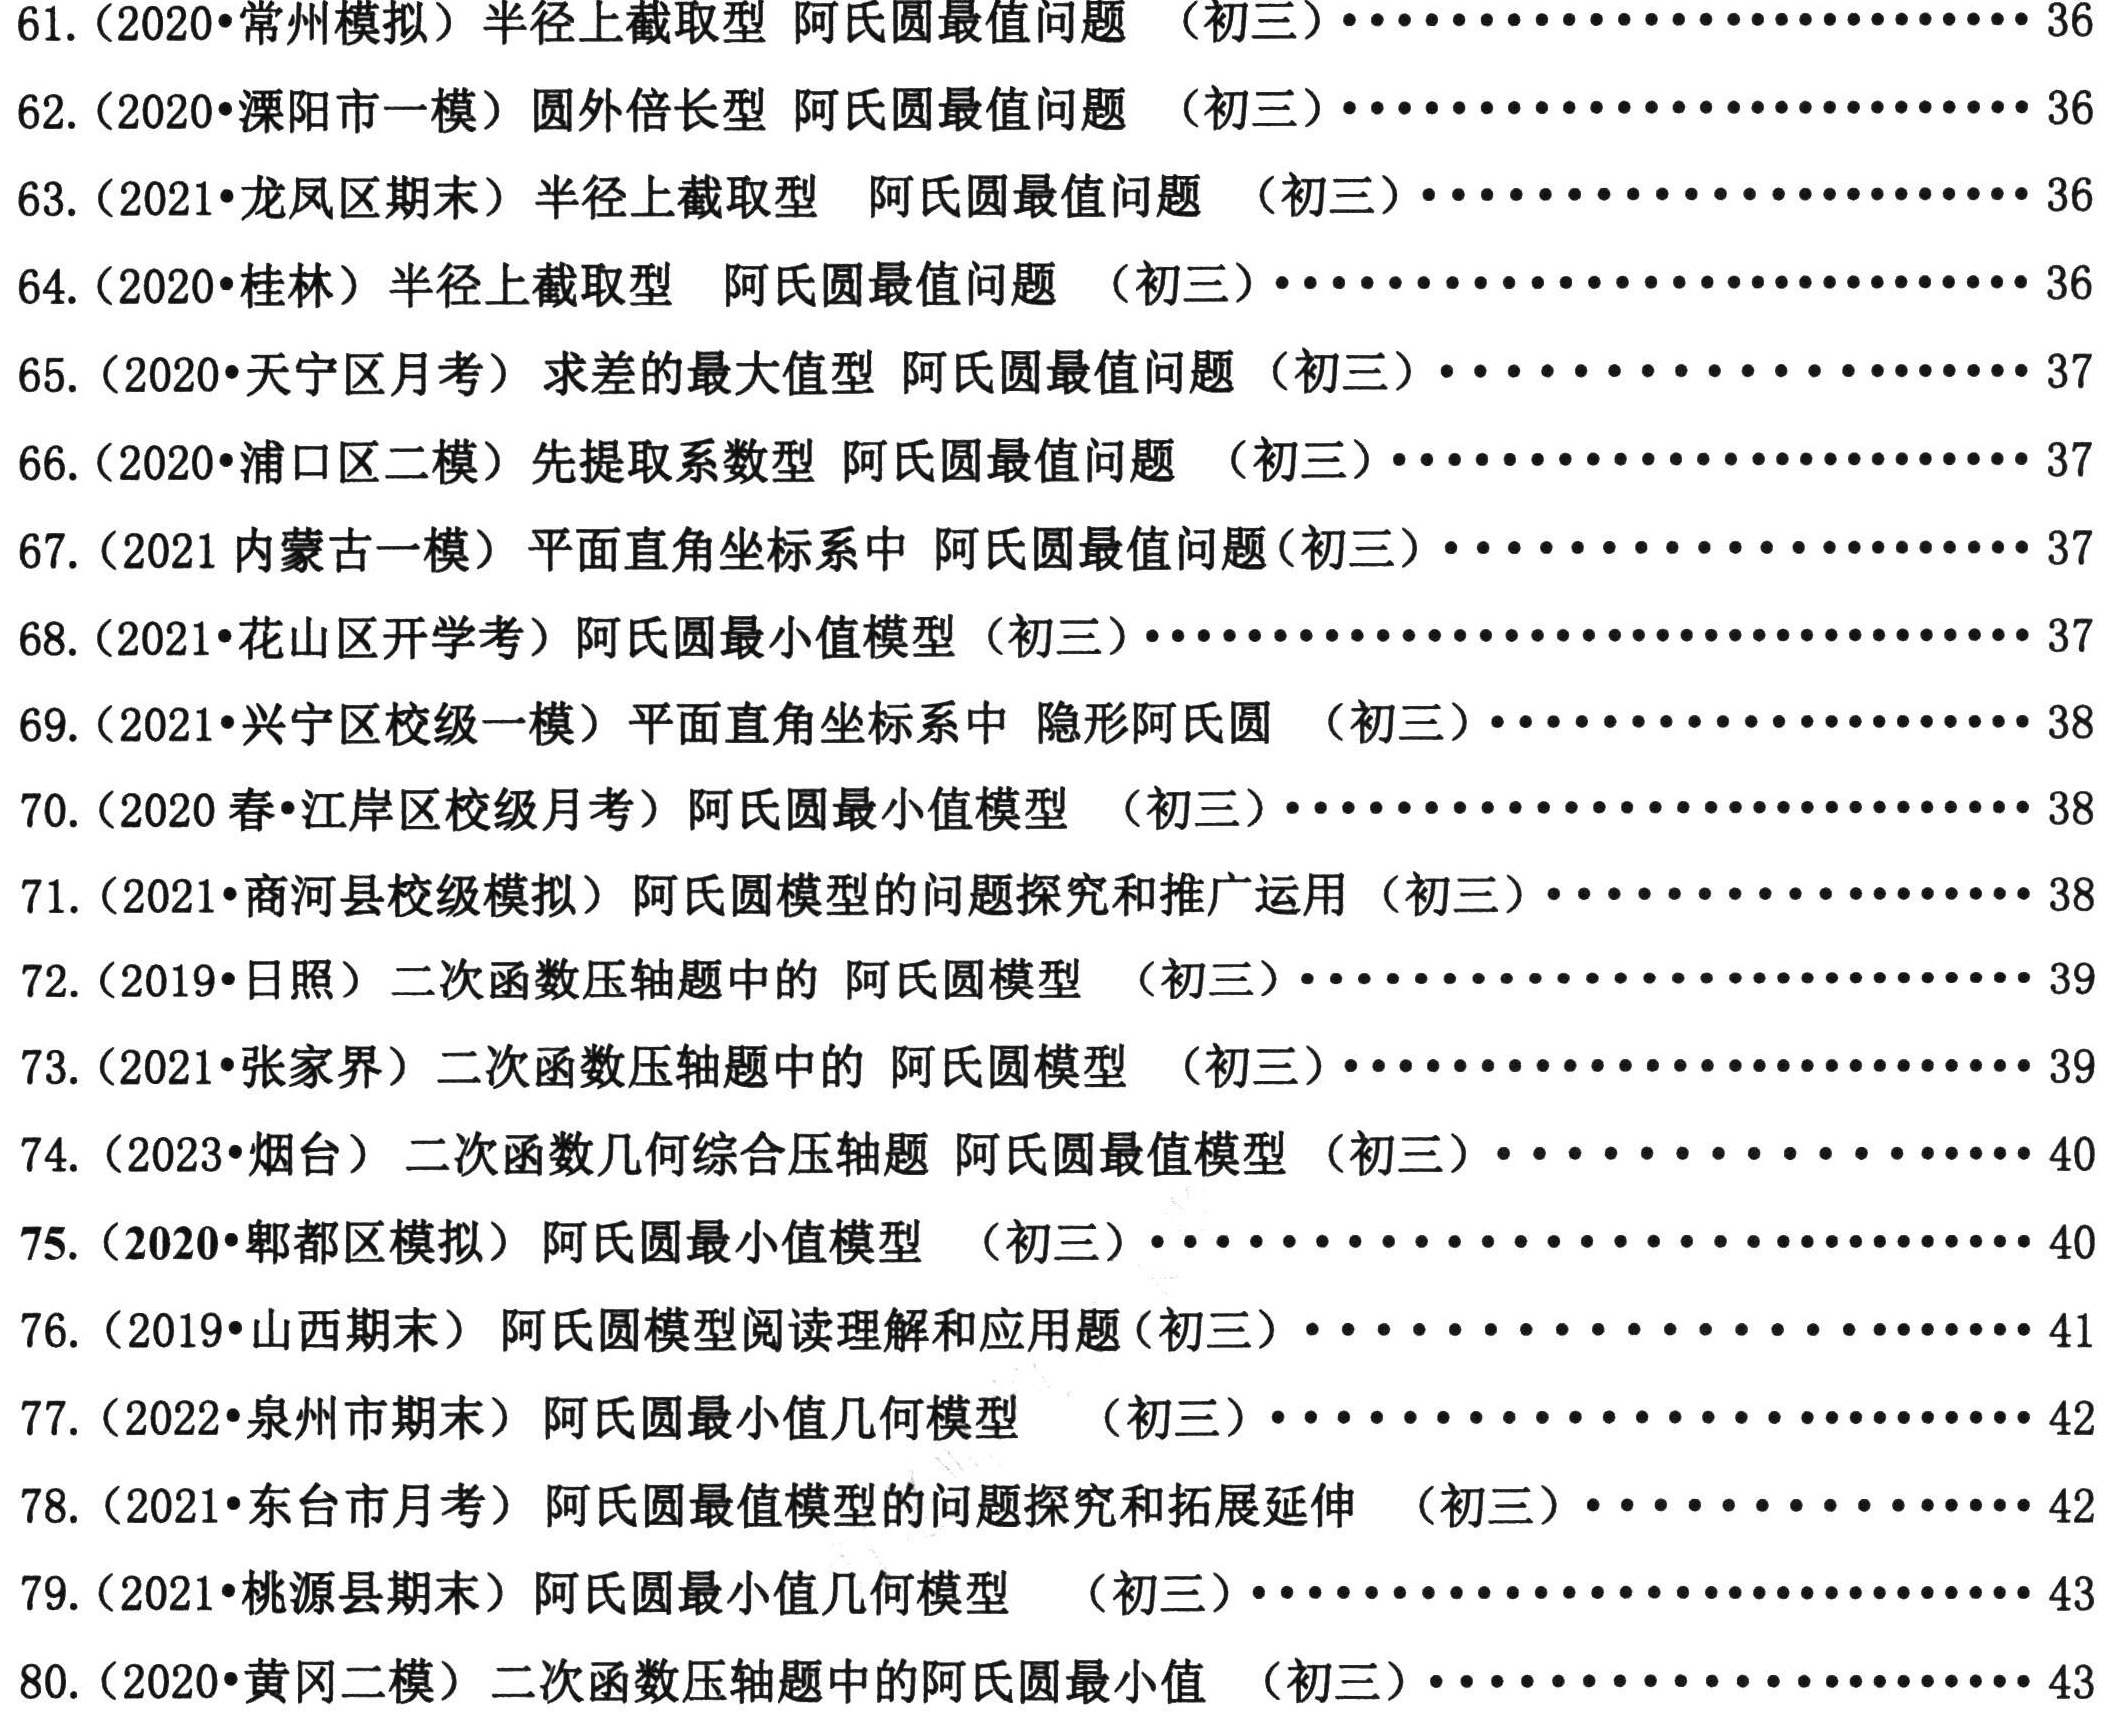
61. (2020•常州模拟) 半径上截取型 阿氏圆最值问题 （初三）.................. 36
62. (2020•溧阳市一模) 圆外倍长型 阿氏圆最值问题 （初三）.................. 36
63. (2021•龙凤区期末) 半径上截取型 阿氏圆最值问题 （初三）.................. 36
64. (2020•桂林) 半径上截取型 阿氏圆最值问题 （初三）.................. 36
65. (2020•天宁区月考) 求差的最大值型 阿氏圆最值问题 （初三）................ 37
66. (2020•浦口区二模) 先提取系数型 阿氏圆最值问题 （初三）................ 37
67. (2021内蒙古一模) 平面直角坐标系中 阿氏圆最值问题(初三)................ 37
68. (2021•花山区开学考) 阿氏圆最小值模型 （初三）.................. 37
69. (2021•兴宁区校级一模) 平面直角坐标系中 隐形阿氏圆 （初三）.............. 38
70. (2020春•江岸区校级月考) 阿氏圆最小值模型 （初三）.................. 38
71. (2021•商河县校级模拟) 阿氏圆模型的问题探究和推广运用 （初三）............ 38
72. (2019•日照) 二次函数压轴题中的 阿氏圆模型 （初三）.................. 39
73. (2021•张家界) 二次函数几何综合压轴题 阿氏圆模型 （初三）................ 39
74. (2023•烟台) 二次函数几何综合压轴题 阿氏圆最值模型 （初三）.............. 40
75. (2020•郫都区模拟) 阿氏圆最小值模型 （初三）.................. 40
76. (2019•山西期末) 阿氏圆模型阅读理解和应用题(初三).................. 41
77. (2022•泉州市期末) 阿氏圆最小值几何模型 （初三）.................. 42
78. (2021•东台市月考) 阿氏圆最值模型的问题探究和拓展延伸 （初三）............ 42
79. (2021•桃源县期末) 阿氏圆最小值几何模型 （初三）.................. 43
80. (2020•黄冈二模) 二次函数压轴题中的阿氏圆最小值 （初三）................ 43